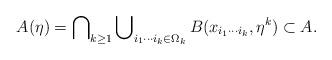
LaTeX: \begin{align*}A(\eta)=\bigcap\nolimits_{k\geq1}\bigcup\nolimits_{i_{1}\cdots i_{k}\in\Omega_{k}}B(x_{i_{1}\cdots i_{k}},\eta^{k})\subset A.\end{align*}